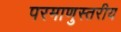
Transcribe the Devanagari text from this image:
परमाणुस्तरीय